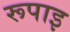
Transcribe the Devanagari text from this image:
रूपाइ